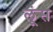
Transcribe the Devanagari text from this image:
लूंस